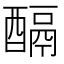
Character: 𨢌